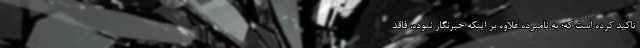
تاکید کرده است که؛ به نامبرده علاوه بر اینکه خبرنگار نبوده، فاقد